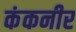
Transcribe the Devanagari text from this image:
कंकनीर